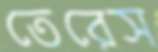
তেরেস